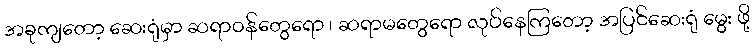
အခုကျတော့ ဆေးရုံမှာ ဆရာဝန်တွေရော ၊ ဆရာမတွေရော လုပ်နေကြတော့ အပြင်ဆေးရုံ မွေး ဖို့